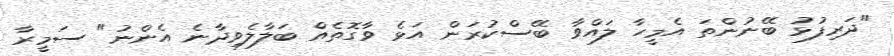
"ދަރިފުޅު ބޭނުންތަ އެމީހާ ލައްވާ ބޭސްކުރަން އަޅެ ވާގޮތެއް ބަލާލެވިދާނެ އެންނު" ސަމީރާ